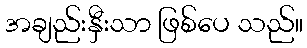
အချည်းနှီးသာ ဖြစ်ပေ သည်။